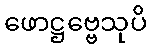
ဖောဋ္ဌဗ္ဗေသုပိ